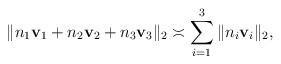
LaTeX: \begin{align*}\|n_1\mathbf{v}_1+n_2\mathbf{v}_2+n_3\mathbf{v}_3\|_2\asymp \sum_{i=1}^3\|n_i\mathbf{v}_i\|_2,\end{align*}